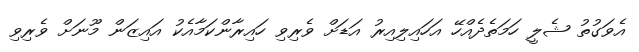
އެވަގުތު ޝެލީ ހަމަތެދެއްހޭ އަހައިލިއިރު އަޑަށް ވެރިވި ހައިރާންކަމާއެކު އައިޒަން މޫނަށް ވެރިވި